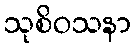
သုစိဝသနာ